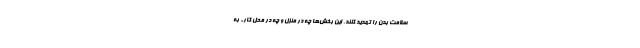
سلامت بدن را تهدید کنند. این بخش‌ها چه در منزل و چه در محل کار- به